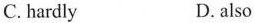
C.hardly D. also